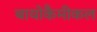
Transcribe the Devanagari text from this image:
बायोकैमीकल